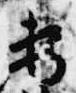
妻